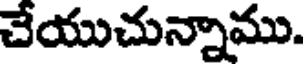
చేయుచున్నాము.